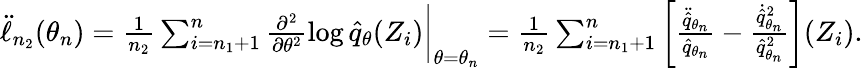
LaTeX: \begin{array}{r}{\ddot{\ell}_{n_{2}}(\theta_{n})=\frac{1}{n_{2}}\sum_{i=n_{1}+1}^{n}\frac{\partial^{2}}{\partial\theta^{2}}\log\hat{q}_{\theta}(Z_{i})\bigg|_{\theta=\theta_{n}}=\frac{1}{n_{2}}\sum_{i=n_{1}+1}^{n}\left[\frac{\ddot{\hat{q}}_{\theta_{n}}}{\hat{q}_{\theta_{n}}}-\frac{\dot{\hat{q}}_{\theta_{n}}^{2}}{\hat{q}_{\theta_{n}}^{2}}\right](Z_{i}).}\end{array}